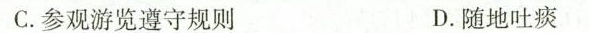
C.参观游览遵守规则 D.随地吐痰